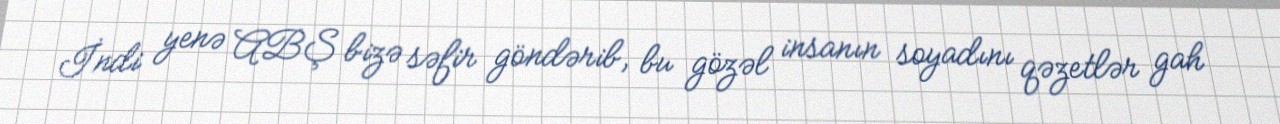
İndi yenə ABŞ bizə səfir göndərib, bu gözəl insanın soyadını qəzetlər gah